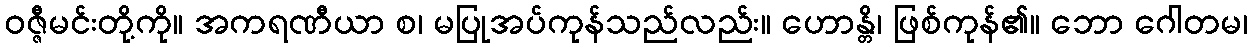
ဝဇ္ဇီမင်းတို့ကို။ အကရဏီယာ စ၊ မပြုအပ်ကုန်သည်လည်း။ ဟောန္တိ၊ ဖြစ်ကုန်၏။ ဘော ဂေါတမ၊